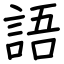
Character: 語